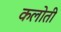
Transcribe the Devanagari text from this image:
कलोती